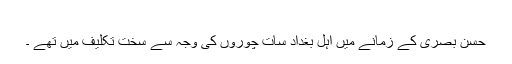
​
حسن بصری کے زمانے میں اہل بغداد سات چوروں کی وجہ سے سخت تکلیف میں تھے ۔